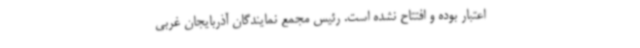
اعتبار بوده و افتتاح نشده است‌. رئیس مجمع نمایندگان آذربایجان غربی